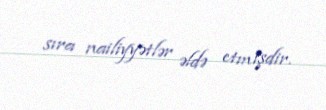
sıra nailiyyətlər əldə etmişdir.